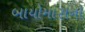
બાયોમાસનો